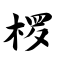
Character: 椤